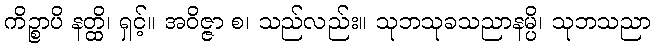
ကိဉ္စာပိ နတ္ထိ၊ ရှင့်။ အဝိဇ္ဇာ စ၊ သည်လည်း။ သုဘသုခသညာနမ္ပိ၊ သုဘသညာ